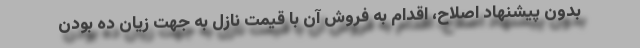
بدون پیشنهاد اصلاح، اقدام به فروش آن با قیمت نازل به جهت زیان ده بودن